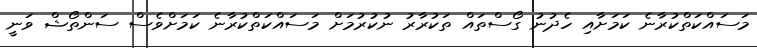
މަސައްކަތްކުރާނެ ކަމަށާއި ހެދުނު ގޯސްތައް ތަކުރާރު ނުކުރުމަށް މަސައްކަތްކުރާނެ ކަމަށްވެސް ސަންތޯޝް ވަނީ